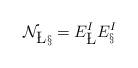
LaTeX: \begin{align*}\mathcal{N}_{\L\S}= E^I_{\L} E^I_{\S}\end{align*}